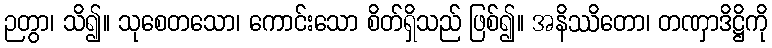
ဉတွာ၊ သိ၍။ သုစေတသော၊ ကောင်းသော စိတ်ရှိသည် ဖြစ်၍။ အနိဿိတော၊ တဏှာဒိဋ္ဌိကို